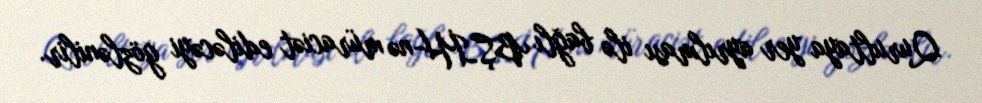
Qurultaya yer ayrılması ilə bağlı BŞİH-nə müraciət ediləcəyi gözlənilir.